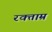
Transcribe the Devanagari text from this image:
रक्ताम्र